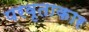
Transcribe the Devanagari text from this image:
परवृताकार